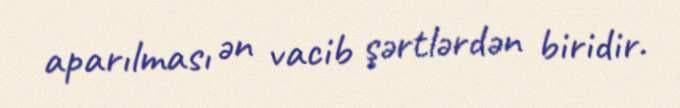
aparılması ən vacib şərtlərdən biridir.